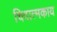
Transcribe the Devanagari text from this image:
चिदात्मकाय